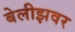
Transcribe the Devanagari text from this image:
बेलीझवर